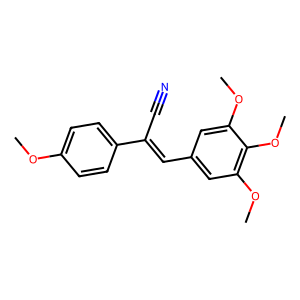
SMILES: COc1ccc(C(C#N)=Cc2cc(OC)c(OC)c(OC)c2)cc1
Inhibits HIV replication: No